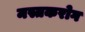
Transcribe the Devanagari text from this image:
मस्तकरोग